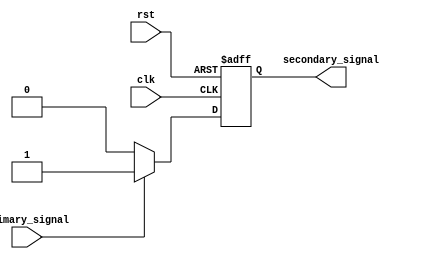
module Fallback_Bypass_Register (
    input wire clk,
    input wire rst,
    input wire primary_signal,
    output reg secondary_signal
);

// Timing control and synchronization block
always @(posedge clk or negedge rst) begin
    if (!rst) begin
        secondary_signal <= 1'b0;
    end else begin
        if (primary_signal) begin
            secondary_signal <= 1'b1;
        end else begin
            secondary_signal <= 1'b0;
        end
    end
end

endmodule